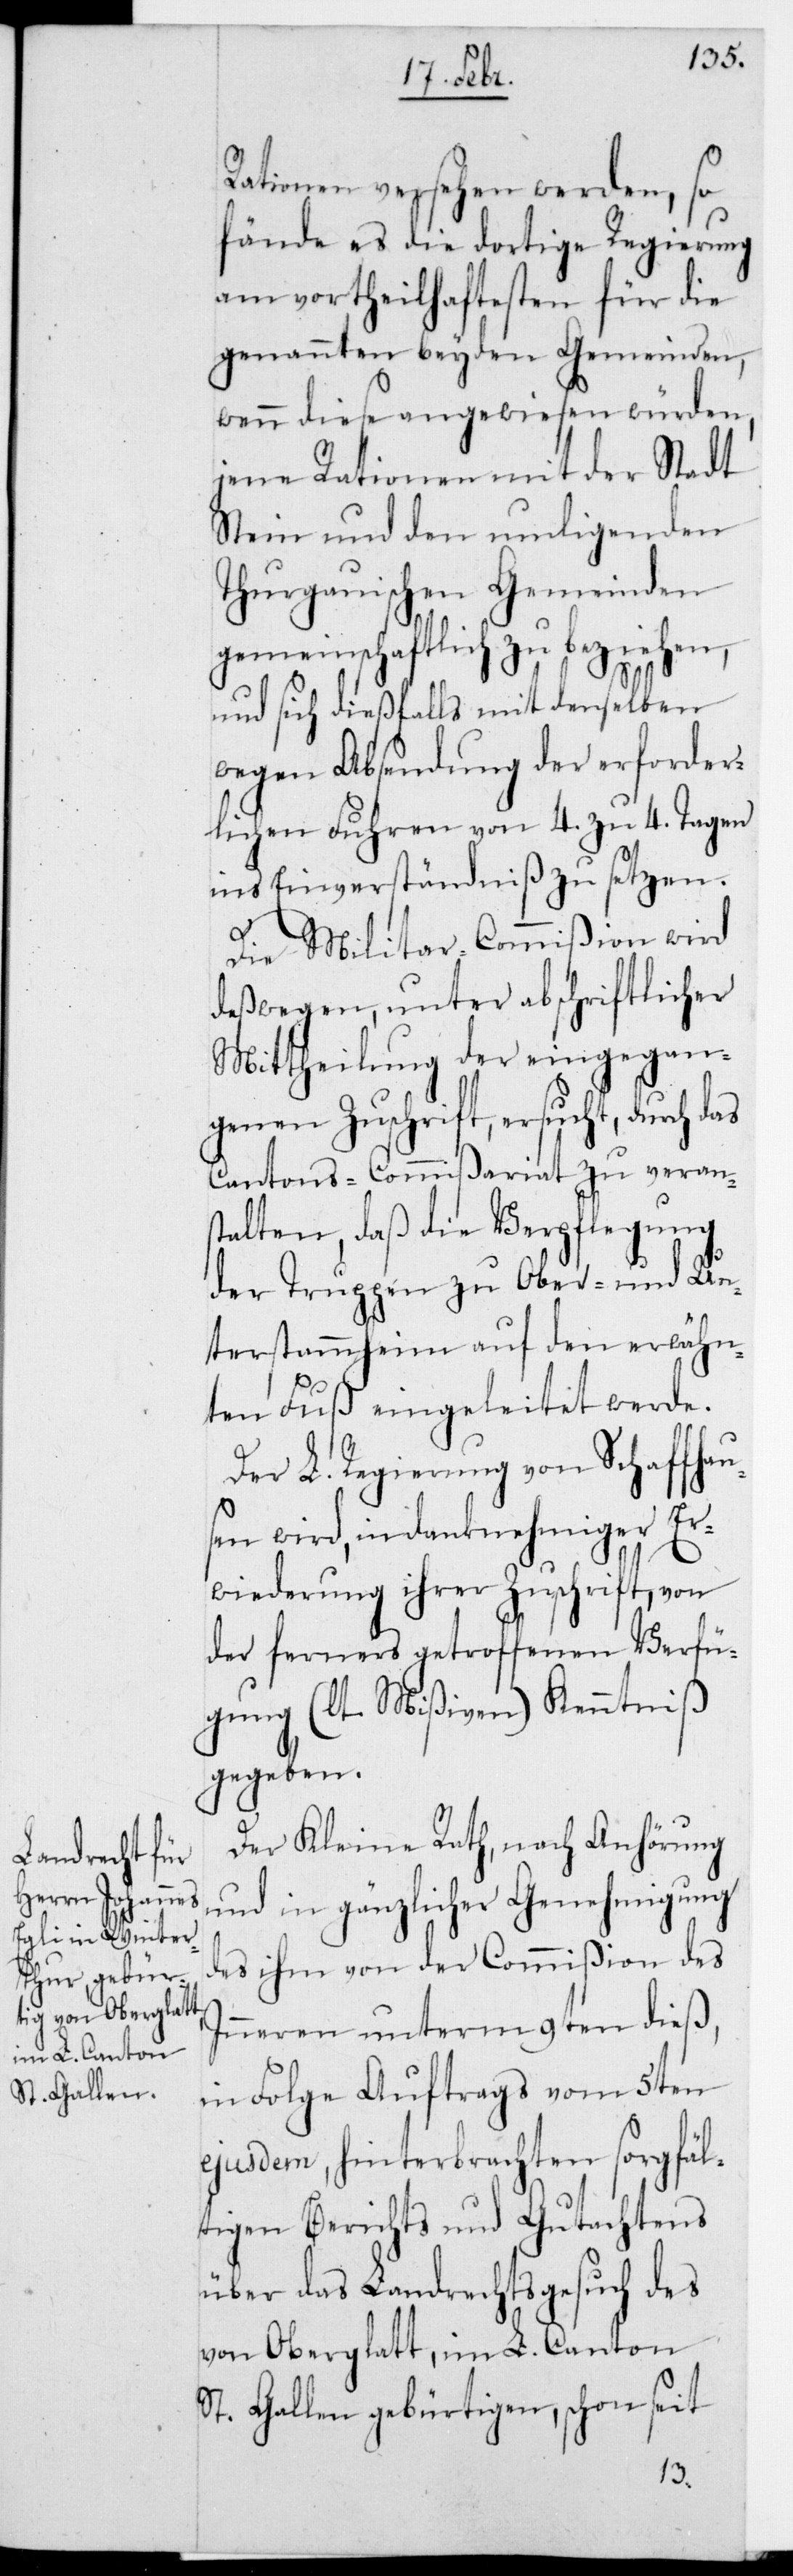
Rationen versehen werden, so
fände es die dortige Regierung
am vortheilhaftesten für die
genannten beyden Gemeinden,
wenn diese angewiesen würden,
jene Rationen mit der Stadt
Stein und den umligenden
thurgauischen Gemeinden
gemeinschaftlich zu beziehen,
und sich dießfalls mit denselben
wegen Absendung der erforder¬
lichen Fuhren von 4. zu 4. Tagen
ins Einverständniß zu setzen.
Die Militar-Commißion wird
deßwegen, unter abschriftlicher
Mittheilung der eingegan¬
genen Zuschrift ersucht, durch das
Cantonscommißariat zu verans¬
talten, daß die Verpflegung
der Truppen zu Ober- und Un¬
terstammheim auf den erwähn¬
ten Fuß eingeleitet werde.
Der L. Regierung von Schaffhau¬
sen wird, in danknehmiger Er¬
wiederung ihrer Zuschrift, von
der ferners getroffenen Verfü¬
gung (lt. Mißiven) Kenntniß
gegeben.
Der Kleine Rath, nach Anhörung
und in gänzlicher Genehmigung
des ihm von der Commißion des
Inneren unterm 9ten dieß,
in Folge Auftrags vom 5ten
ejusdem, hinterbrachten sorgfäl¬
tigen Berichts und Gutachtens
über das Landrechtsgesuch des
von Oberglatt, im L. Canton
St. Gallen gebürtigen, schon seit